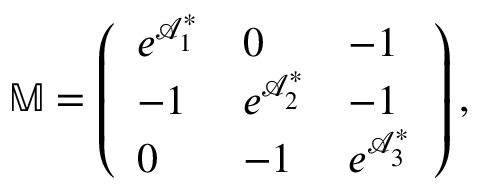
\mathbb { M } = \left( \begin{array} { l l l } { e ^ { \mathcal { A } _ { 1 } ^ { \ast } } } & { 0 } & { - 1 } \\ { - 1 } & { e ^ { \mathcal { A } _ { 2 } ^ { \ast } } } & { - 1 } \\ { 0 } & { - 1 } & { e ^ { \mathcal { A } _ { 3 } ^ { \ast } } } \end{array} \right) ,